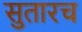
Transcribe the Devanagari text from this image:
सुतारच